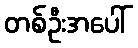
တစ်ဦးအပေါ်